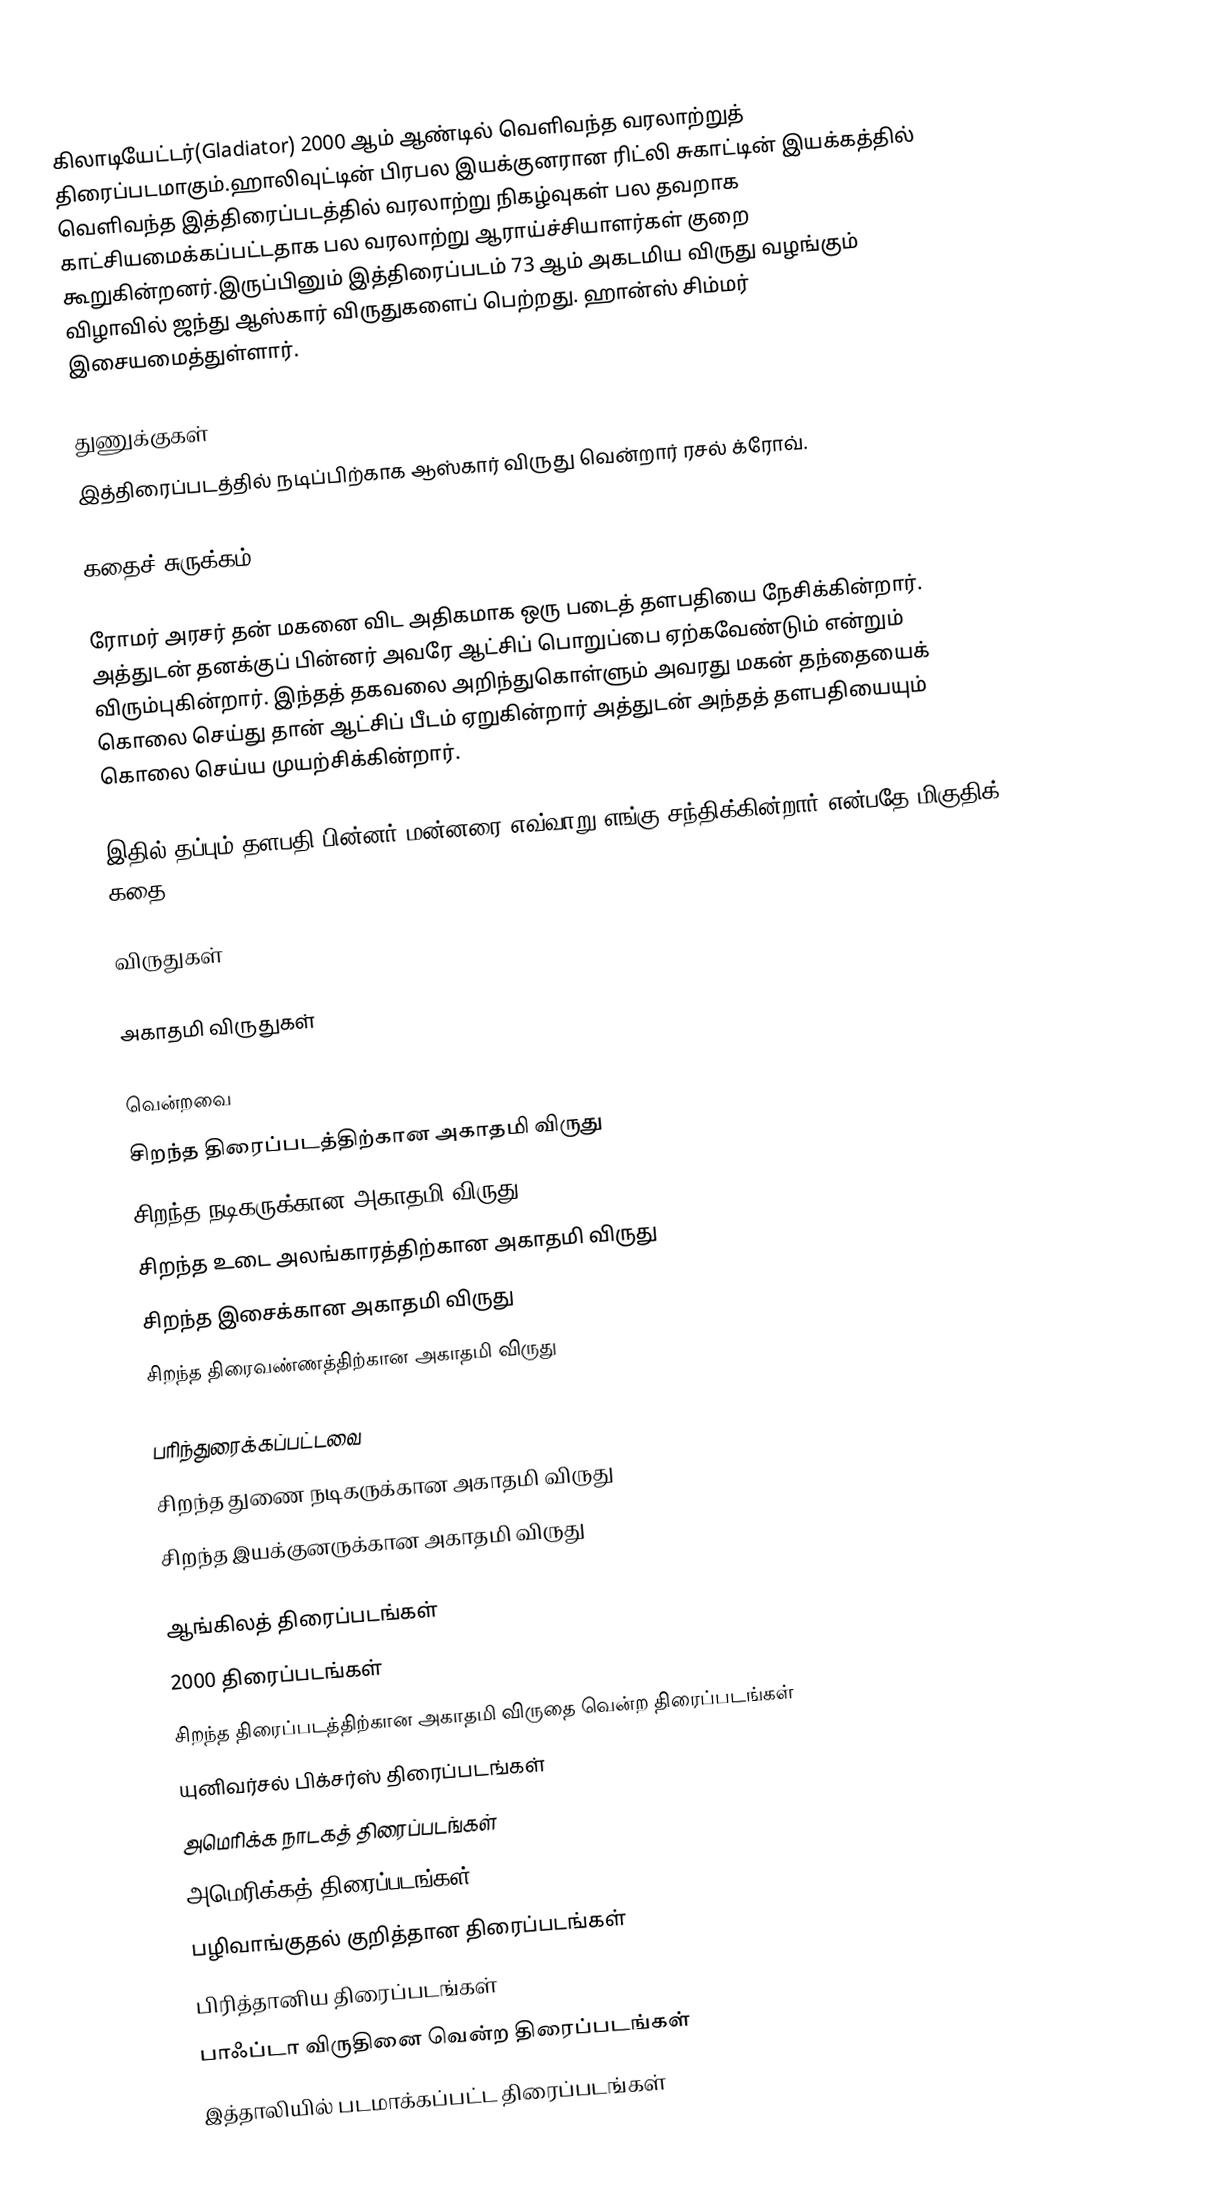
கிலாடியேட்டர்(Gladiator) 2000 ஆம் ஆண்டில் வெளிவந்த வரலாற்றுத் திரைப்படமாகும்.ஹாலிவுட்டின் பிரபல இயக்குனரான ரிட்லி சுகாட்டின் இயக்கத்தில் வெளிவந்த இத்திரைப்படத்தில் வரலாற்று நிகழ்வுகள் பல தவறாக காட்சியமைக்கப்பட்டதாக பல வரலாற்று ஆராய்ச்சியாளர்கள் குறை கூறுகின்றனர்.இருப்பினும் இத்திரைப்படம் 73 ஆம் அகடமிய விருது வழங்கும் விழாவில் ஜந்து ஆஸ்கார் விருதுகளைப் பெற்றது. ஹான்ஸ் சிம்மர் இசையமைத்துள்ளார்.

துணுக்குகள்
இத்திரைப்படத்தில் நடிப்பிற்காக ஆஸ்கார் விருது வென்றார் ரசல் க்ரோவ்.

கதைச் சுருக்கம்

ரோமர் அரசர் தன் மகனை விட அதிகமாக ஒரு படைத் தளபதியை நேசிக்கின்றார். அத்துடன் தனக்குப் பின்னர் அவரே ஆட்சிப் பொறுப்பை ஏற்கவேண்டும் என்றும் விரும்புகின்றார். இந்தத் தகவலை அறிந்துகொள்ளும் அவரது மகன் தந்தையைக் கொலை செய்து தான் ஆட்சிப் பீடம் ஏறுகின்றார் அத்துடன் அந்தத் தளபதியையும் கொலை செய்ய முயற்சிக்கின்றார்.

இதில் தப்பும் தளபதி பின்னர் மன்னரை எவ்வாறு எங்கு சந்திக்கின்றார் என்பதே மிகுதிக் கதை.

விருதுகள்

அகாதமி விருதுகள்

வென்றவை
 சிறந்த திரைப்படத்திற்கான அகாதமி விருது
 சிறந்த நடிகருக்கான அகாதமி விருது
 சிறந்த உடை அலங்காரத்திற்கான அகாதமி விருது
 சிறந்த இசைக்கான அகாதமி விருது
 சிறந்த திரைவண்ணத்திற்கான அகாதமி விருது

பரிந்துரைக்கப்பட்டவை
 சிறந்த துணை நடிகருக்கான அகாதமி விருது
 சிறந்த இயக்குனருக்கான அகாதமி விருது

ஆங்கிலத் திரைப்படங்கள்
2000 திரைப்படங்கள்
சிறந்த திரைப்படத்திற்கான அகாதமி விருதை வென்ற திரைப்படங்கள்
யுனிவர்சல் பிக்சர்ஸ் திரைப்படங்கள்
அமெரிக்க நாடகத் திரைப்படங்கள்
அமெரிக்கத் திரைப்படங்கள்
பழிவாங்குதல் குறித்தான திரைப்படங்கள்
பிரித்தானிய திரைப்படங்கள்
பாஃப்டா விருதினை வென்ற திரைப்படங்கள்
இத்தாலியில் படமாக்கப்பட்ட திரைப்படங்கள்